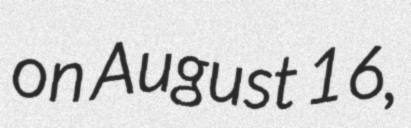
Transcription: on August 16,